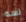
لسه